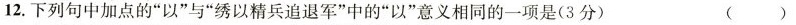
12.下列句中加点的”以”与”绣以精兵追退军”中的”以”意义相同的一项是(3分) ()